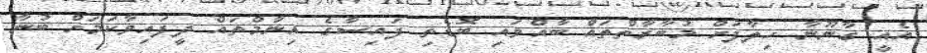
އެއީ ގާނޫނާ ހިލާފަށް މުބާރާތްތައް ބާއްވައި ބޮޑެތި ފައިސާގެ އިނާމްތައް ދީފައިވާކަމަށް ބުނާ